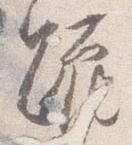
跪